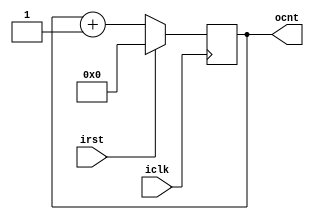
module counter(irst, iclk, ocnt );
  input irst, iclk;
  output reg [3:0] ocnt;
  always @ (posedge iclk)
    if(irst)
      ocnt <= 4'b0000;
    else
      ocnt <= ocnt + 1'b1;
endmodule